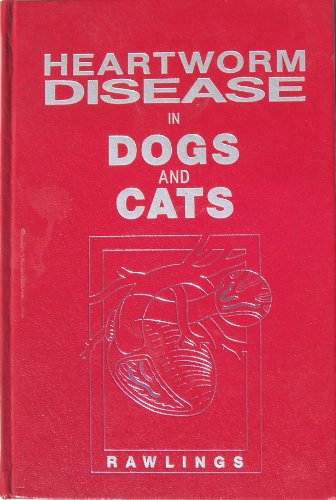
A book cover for Heartworm Disease in Dogs and Cats; Clarence A., Ph.D. Rawlings; Medical Books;